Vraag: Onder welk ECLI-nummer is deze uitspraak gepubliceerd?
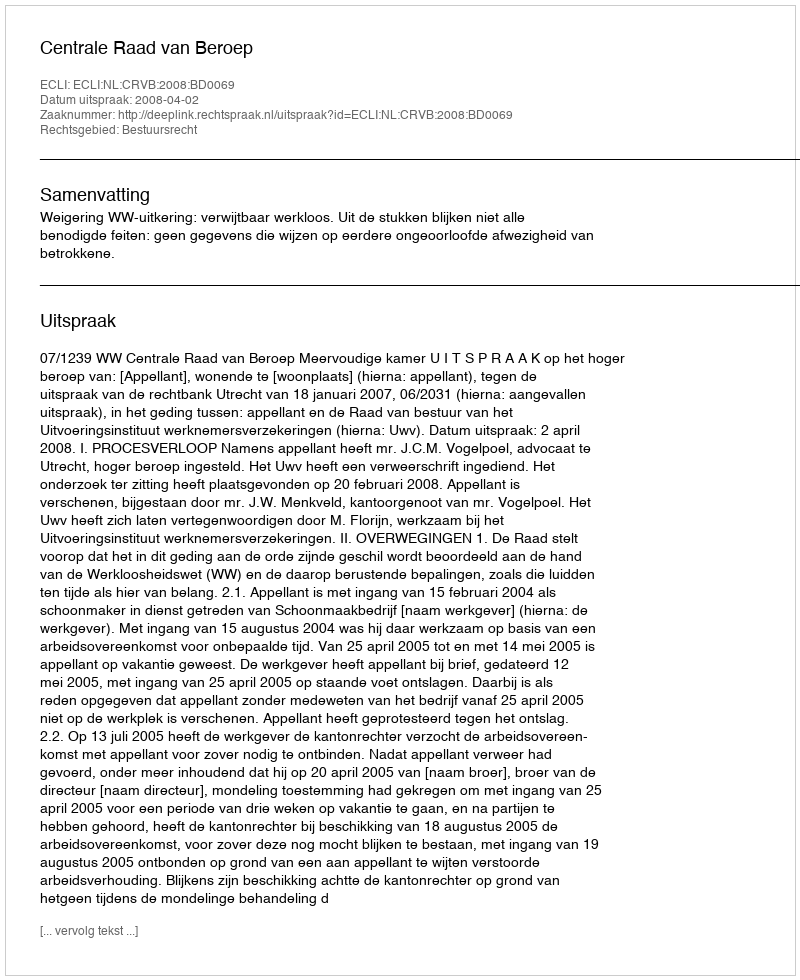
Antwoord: ECLI:NL:CRVB:2008:BD0069